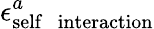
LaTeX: \epsilon_{\mathrm{self\; \; interaction}}^{a}